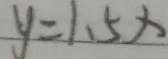
y = 1 . 5 x